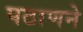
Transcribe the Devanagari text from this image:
पठाणने